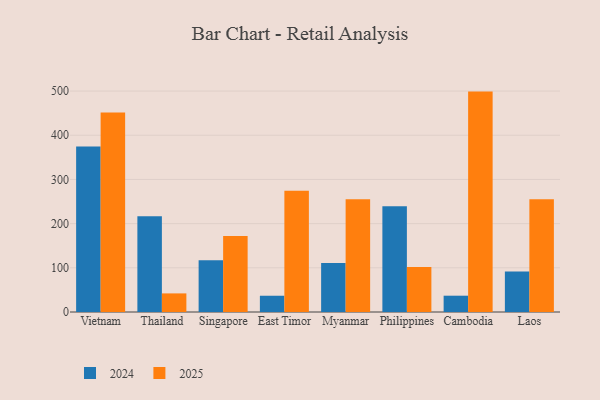
{"axis": {"x": "Country", "y": "Energy Usage (MWh)"}, "legend": ["2024", "2025"], "data": [{"x": "Vietnam", "y": 451.5, "type": "2025"}, {"x": "Vietnam", "y": 374.7, "type": "2024"}, {"x": "Thailand", "y": 42.1, "type": "2025"}, {"x": "Thailand", "y": 216.9, "type": "2024"}, {"x": "Singapore", "y": 171.8, "type": "2025"}, {"x": "Singapore", "y": 117.1, "type": "2024"}, {"x": "East Timor", "y": 274.3, "type": "2025"}, {"x": "East Timor", "y": 36.8, "type": "2024"}, {"x": "Myanmar", "y": 255.1, "type": "2025"}, {"x": "Myanmar", "y": 110.9, "type": "2024"}, {"x": "Philippines", "y": 102.1, "type": "2025"}, {"x": "Philippines", "y": 239.3, "type": "2024"}, {"x": "Cambodia", "y": 498.8, "type": "2025"}, {"x": "Cambodia", "y": 36.9, "type": "2024"}, {"x": "Laos", "y": 255.0, "type": "2025"}, {"x": "Laos", "y": 91.5, "type": "2024"}]}